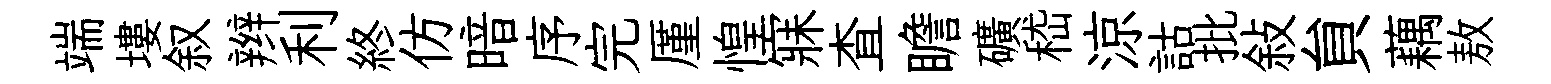
端塿叙辫利終仿暗序完厪惶寐查瞻礦嵇涼詁批敍貟藕敖